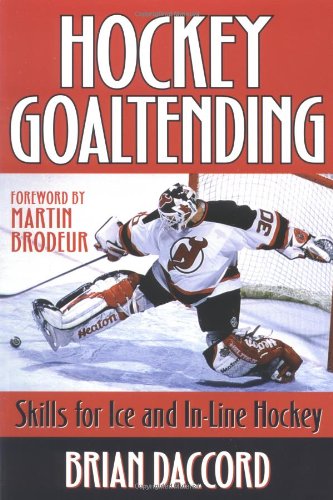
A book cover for Hockey Goaltending; Brian Daccord; Sports & Outdoors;